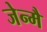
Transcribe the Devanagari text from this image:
जेन्मै